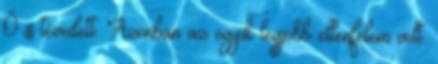
Ő is tévedett. Azonban az egyik legjobb ellenfelem volt.